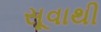
સૂવાથી